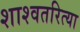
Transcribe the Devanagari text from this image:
शाश्वतरित्या